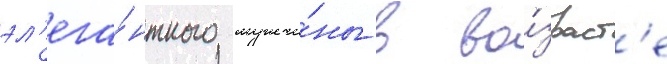
эл'ега́нтного мужчи́ны в во́зраст'е